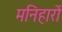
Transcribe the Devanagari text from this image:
मनिहारों